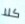
كلا